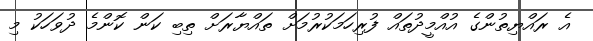
އެ ރައްޔިތުންގެ އުއްމީދުތައް ފުރިހަމަކުރުމަށް ތައްޔާރަށް ތިބި ކަން ކޮންމެ ދުވަހަކު މި